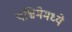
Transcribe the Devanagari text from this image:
पश्चिमेमध्ये